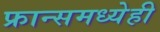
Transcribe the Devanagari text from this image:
फ्रान्समध्येही